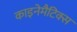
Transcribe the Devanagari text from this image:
काइनेमैटिक्स